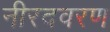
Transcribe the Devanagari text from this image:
नीरदवरण